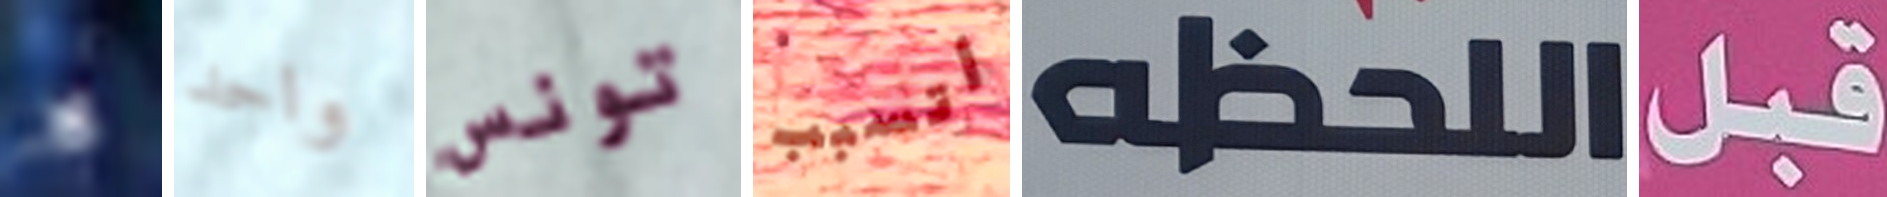
لا واحد تونس أتسبب اللحظه قبل